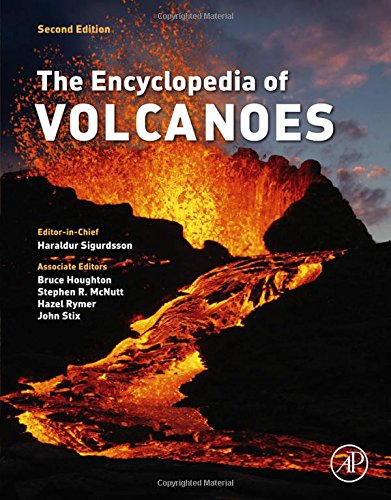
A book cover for The Encyclopedia of Volcanoes, Second Edition; Science & Math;